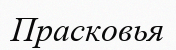
Прасковья